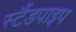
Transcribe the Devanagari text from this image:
स्टैंडपाइप